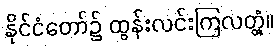
နိုင်ငံတော်၌ ထွန်းလင်းကြလတ္တံ့။